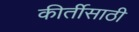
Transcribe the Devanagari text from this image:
कीर्तीसाठी